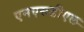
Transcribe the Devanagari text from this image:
एनएसडीएल